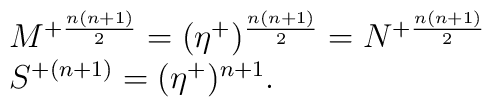
\begin{array}{lcr}M^{+{n(n+1)\over2}}=(\eta^+)^{{n(n+1)\over2}}=N^{+{n(n+1)\over2}}\\S^{+(n+1)}=(\eta^+)^{n+1}.\end{array}